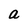
Character: a